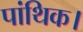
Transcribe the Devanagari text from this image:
पांथिक।